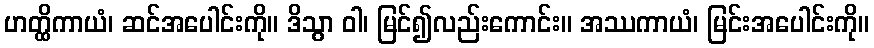
ဟတ္ထိကာယံ၊ ဆင်အပေါင်းကို။ ဒိသွာ ဝါ၊ မြင်၍လည်းကောင်း။ အဿကာယံ၊ မြင်းအပေါင်းကို။